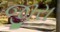
જીરા